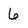
Character: 6